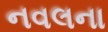
નવલના